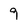
Character: 9